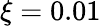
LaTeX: \xi=0.01